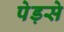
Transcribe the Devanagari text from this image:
पेड़से